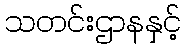
သတင်းဌာနနှင့်